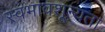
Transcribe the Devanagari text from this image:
स्वभावशून्यता